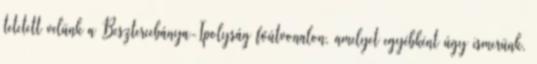
tetetett velünk a Besztercebánya-Ipolyság főútvonalon, amelyet egyébként úgy ismerünk,